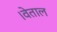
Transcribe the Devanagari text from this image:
।वेताल